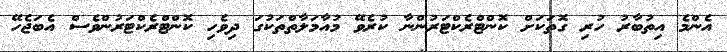
އެންމެ އިތުބާރު ހުރި ގޮތަކަށް ކޮންޓްރެކްޓަރުންނާ ކުރެވޭ މުއާމަލާތްތަކުގަ ދިވެހި ކޮންޓްރެކްޓަރުންވެސް އެބަޖެހޭ